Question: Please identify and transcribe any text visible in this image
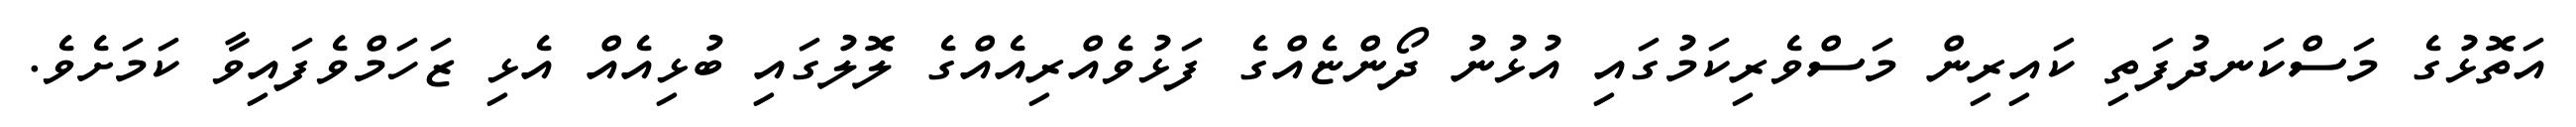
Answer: އަތޮޅުގެ މަސްކަނދުފަތި ކައިރިން މަސްވެރިކަމުގައި އުޅުނު ދޯންޏެއްގެ ފަޅުވެއްރިއެއްގެ ލޮލުގައި ބުޅިއެއް އެޅި ޒަހަމްވެފައިވާ ކަމަށެވެ.